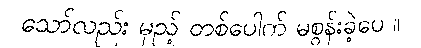
သော်လည်း မှည့် တစ်ပေါက် မစွန်းခဲ့ပေ ။